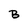
Character: B